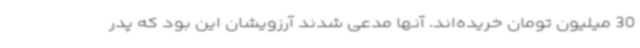
30 میلیون تومان خریده‌اند. آنها مدعی شدند آرزویشان این بود که پدر